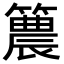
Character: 𥵛